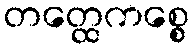
တတ္ထေကစ္စေ